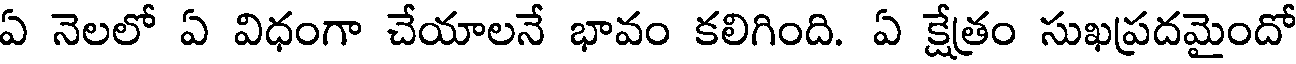
ఏ నెలలో ఏ విధంగా చేయాలనే భావం కలిగింది. ఏ క్షేత్రం సుఖప్రదమైందో